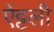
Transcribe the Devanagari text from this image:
ऐट्टली